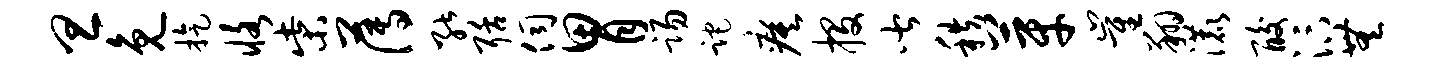
旦免旋恪柴薄能聒伺胃踢跎瘼投皆秩芽崔翔漉酸汴无